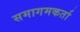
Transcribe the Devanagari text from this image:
समागमकर्ता